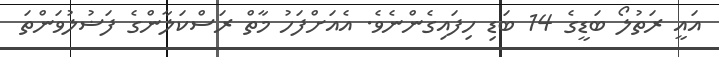
އައީ ރަތުލޯ ބަޑީގެ 14 ބަޑި ހިފައިގެންނެވެ. އެއަށްފަހު މާތް ރަސްކަލާންގެ ފަޟުލުވަންތަ